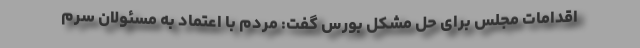
اقدامات مجلس برای حل مشکل بورس گفت: مردم با اعتماد به مسئولان سرم